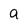
Character: a